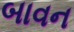
બાવન